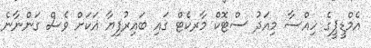
އެމްޑީޕީގެ ހިއްސާ މިއަދު ސްޓޮކް މާރކެޓް ގައި ބައިރުފިޔާ އަކަށް ވެސް ގަންނާނެ